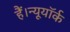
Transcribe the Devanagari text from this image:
हैं।न्यूयॉर्क